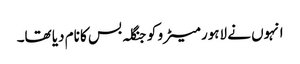
انہوں نے لاہور میٹرو کو جنگلہ بس کا نام دیا تھا۔